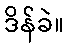
ဒိန်ခဲ။